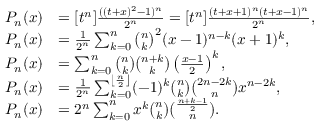
{ \begin{array} { r l } { P _ { n } ( x ) } & { = [ t ^ { n } ] { \frac { ( ( t + x ) ^ { 2 } - 1 ) ^ { n } } { 2 ^ { n } } } = [ t ^ { n } ] { \frac { ( t + x + 1 ) ^ { n } ( t + x - 1 ) ^ { n } } { 2 ^ { n } } } , } \\ { P _ { n } ( x ) } & { = { \frac { 1 } { 2 ^ { n } } } \sum _ { k = 0 } ^ { n } { \binom { n } { k } } ^ { 2 } ( x - 1 ) ^ { n - k } ( x + 1 ) ^ { k } , } \\ { P _ { n } ( x ) } & { = \sum _ { k = 0 } ^ { n } { \binom { n } { k } } { \binom { n + k } { k } } \left( { \frac { x - 1 } { 2 } } \right) ^ { k } , } \\ { P _ { n } ( x ) } & { = { \frac { 1 } { 2 ^ { n } } } \sum _ { k = 0 } ^ { \left\lfloor { \frac { n } { 2 } } \right\rfloor } ( - 1 ) ^ { k } { \binom { n } { k } } { \binom { 2 n - 2 k } { n } } x ^ { n - 2 k } , } \\ { P _ { n } ( x ) } & { = 2 ^ { n } \sum _ { k = 0 } ^ { n } x ^ { k } { \binom { n } { k } } { \binom { \frac { n + k - 1 } { 2 } } { n } } . } \end{array} }